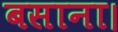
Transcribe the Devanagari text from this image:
बसाना।